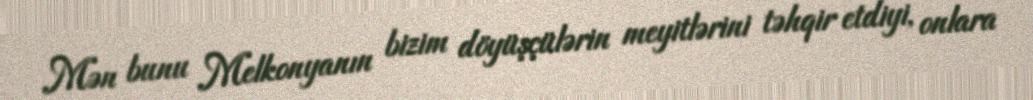
Mən bunu Melkonyanın bizim döyüşçülərin meyitlərini təhqir etdiyi, onlara